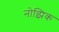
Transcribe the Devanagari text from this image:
नोझिक